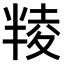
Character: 𠦻